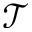
\mathcal { T }